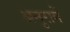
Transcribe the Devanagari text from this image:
अनुरागें